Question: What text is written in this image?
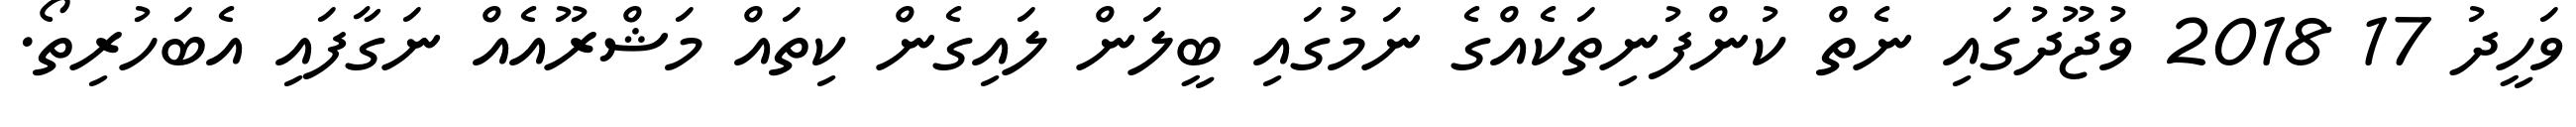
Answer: ވަހީދު 17 2018 ވުޖޫދުގައި ނެތް ކުންފުނިތަކެއްގެ ނަމުގައި ބީލަން ލައިގެން ކިތައް މަޝްރޫއެއް ނަގާފައި އެބަހުރިތޯ.